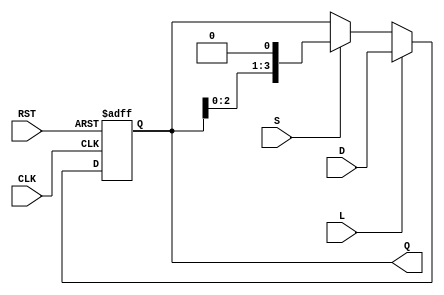
module ShiftRegister #(
    parameter WIDTH = 4 // Parameter to define the width of the shift register
)(
    input wire [WIDTH-1:0] D,    // Data input
    input wire S,                 // Shift control
    input wire L,                 // Load control
    input wire CLK,               // Clock signal
    input wire RST,               // Asynchronous reset
    output reg [WIDTH-1:0] Q      // Output of the shift register
);

    // Asynchronous reset
    always @(posedge CLK or posedge RST) begin
        if (RST) begin
            Q <= {WIDTH{1'b0}}; // Reset the register to 0
        end else if (L) begin
            Q <= D; // Load new data into the register
        end else if (S) begin
            Q <= {Q[WIDTH-2:0], 1'b0}; // Shift left and fill with 0
        end
        // If neither L nor S is active, Q remains unchanged (idle state)
    end

endmodule